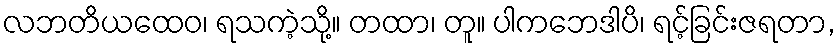
လဘတိယထေဝ၊ ရသကဲ့သို့။ တထာ၊ တူ။ ပါကဘေဒါပိ၊ ရင့်ခြင်းဇရတာ,